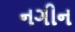
નગીન